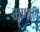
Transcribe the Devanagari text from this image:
मृणाल्